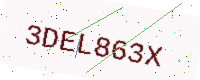
Text: 3DEL863X